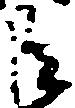
巨